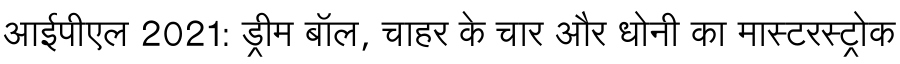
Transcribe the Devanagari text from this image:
आईपीएल 2021: ड्रीम बॉल, चाहर के चार और धोनी का मास्टरस्ट्रोक